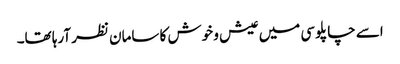
اسے چاپلوسی میں عیش و خوش کا سامان نظر آرہا تھا۔